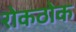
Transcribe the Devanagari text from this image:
रोकठोक